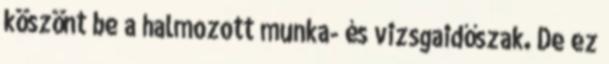
köszönt be a halmozott munka- és vizsgaidőszak. De ez